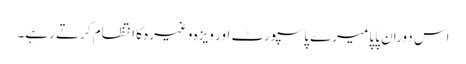
اس دوران پاپا میرے پاسپورٹ اور ویزہ وغیرہ کا انتظام کرتے رہے۔